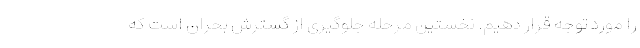
را مورد توجه قرار دهیم. نخستین مرحله جلوگیری از گسترش بحران است که